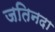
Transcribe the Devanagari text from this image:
जतिनदा